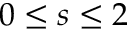
0 \leq s \leq 2